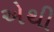
એથી